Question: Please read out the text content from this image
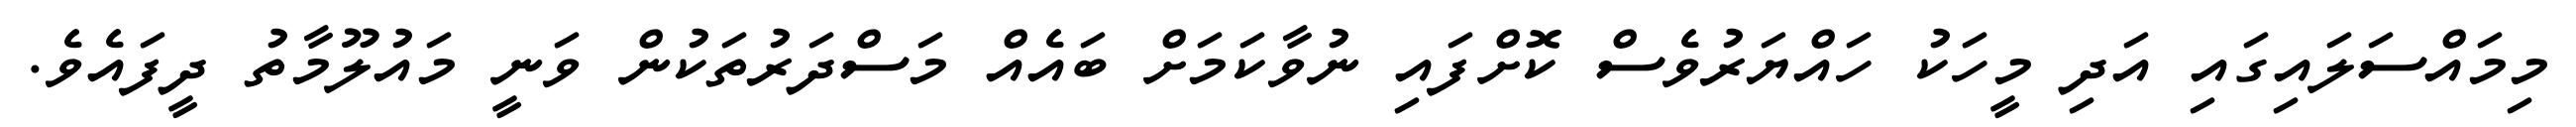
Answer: މިމައްސަލައިގައި އަދި މީހަކު ހައްޔަރުވެސް ކޮށްފައި ނުވާކަމަށް ބައެއް މަސްދަރުތަކުން ވަނީ މައުލޫމާތު ދީފައެވެ.